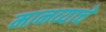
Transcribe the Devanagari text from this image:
मानव्याचे